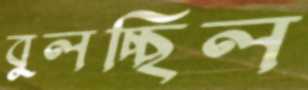
বুলচ্ছিল